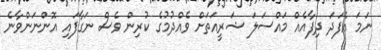
ނަމަ އެފަދަ ދިފާއެއް މައްސަލަ ޝަރީއަތަށް ވެއްދުމުގެ ކުރިން ވެސް ނަގާފައި އޮންނަންވާނެ